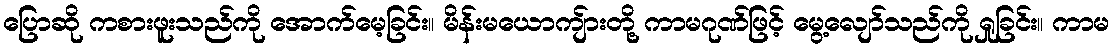
ပြောဆို ကစားဖူးသည်ကို အောက်မေ့ခြင်း။ မိန်းမယောကျ်ားတို့ ကာမဂုဏ်ဖြင့် မွေ့လျော်သည်ကို ရှုခြင်း။ ကာမ